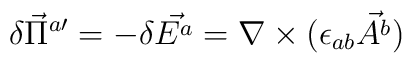
\delta\vec\Pi^{a\prime}=-\delta\vec{E^{a}}=\nabla\times(\epsilon_{ab}\vec{A^{b}})